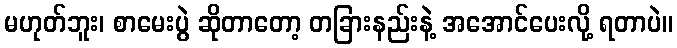
မဟုတ်ဘူး၊ စာမေးပွဲ ဆိုတာတော့ တခြားနည်းနဲ့ အအောင်ပေးလို့ ရတာပဲ။